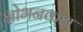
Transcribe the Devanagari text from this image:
क्षोभनकक्ष